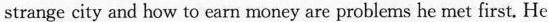
strange city and how to earn money are problems he met first. He